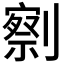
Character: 𰅄